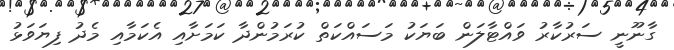
ގާނޫނީ ސަރުކާރު ވައްޓާލަން ބަޔަކު މަސައްކަތް ކުރަމުންދާ ކަމަށާއި އެކަމާއި މެދު ފިޔަވަޅު